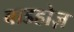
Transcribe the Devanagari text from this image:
बाडहोज़